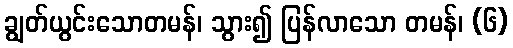
ချွတ်ယွင်းသောတမန်၊ သွား၍ ပြန်လာသော တမန်၊ (၆)